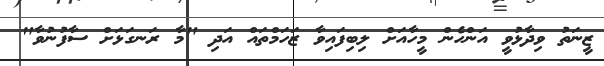
ޒީނަތު ވިދާޅުވީ އަންހެން މީހާއަށް ލިބިފައިވާ ޒަހަމްތައް އަދި "މާ ރަނގަޅަށް ސާފުނުވާ"